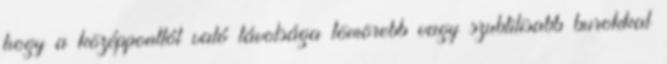
hogy a középponttól való távolsága tömörebb vagy szubtilisabb burokkal